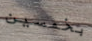
بخمسين